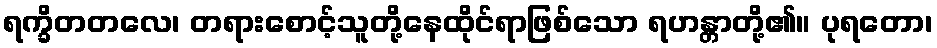
ရက္ခိတတလေ၊ တရားစောင့်သူတို့နေထိုင်ရာဖြစ်သော ရဟန္တာတို့၏။ ပုရတော၊